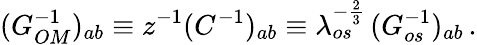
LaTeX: (G_{OM}^{-1})_{ab}\equiv z^{-1}(C^{-1})_{ab}\equiv\lambda_{os}^{-{\frac{2}{3}}}\, (G_{os}^{-1})_{ab}\, .